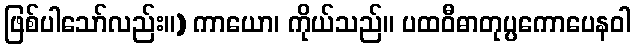
ဖြစ်ပါသော်လည်း။) ကာယော၊ ကိုယ်သည်။ ပထဝီဓာတုပ္ပကောပေနဝါ